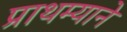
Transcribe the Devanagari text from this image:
प्राथम्याने